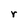
Character: r